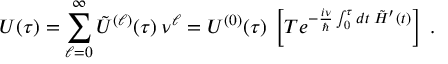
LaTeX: U ( \tau ) = \sum _ { \ell = 0 } ^ { \infty } \tilde { U } ^ { ( \ell ) } ( \tau ) \: \nu ^ { \ell } = U ^ { ( 0 ) } ( \tau ) \: \left[ { \cal T } e ^ { - \frac { i \nu } { \hbar } \int _ { 0 } ^ { \tau } d t \: \tilde { H } ^ { \prime } ( t ) } \right] \; .